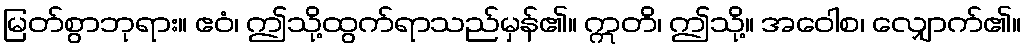
မြတ်စွာဘုရား။ ဧဝံ၊ ဤသို့ထွက်ရာသည်မှန်၏။ ဣတိ၊ ဤသို့။ အဝေါစ၊ လျှောက်၏။